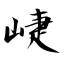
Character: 崨